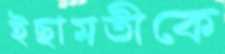
ইছামতীকে